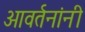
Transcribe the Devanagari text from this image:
आवर्तनांनी